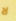
لا